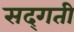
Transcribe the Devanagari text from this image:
सद्‌गती